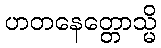
ဟတနေတ္တောသ္မိ